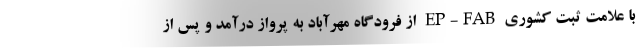
با علامت ثبت کشوری EP-FAB از فرودگاه مهرآباد به پرواز درآمد و پس از